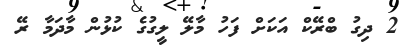
2 ދިގު ބްރޭކް އަކަށް ފަހު މާލޭ ލީގުގެ ކުޅުން މާދަމާ ރޭ